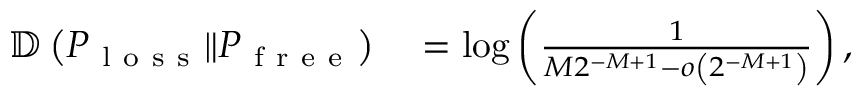
\begin{array} { r l } { \mathbb { D } \left( P _ { \mathrm { ~ l ~ o ~ s ~ s ~ } } \Vert P _ { \mathrm { ~ f ~ r ~ e ~ e ~ } } \right) } & { { } = \log \left( \frac { 1 } { M 2 ^ { - M + 1 } - o \left( 2 ^ { - M + 1 } \right) } \right) , } \end{array}